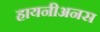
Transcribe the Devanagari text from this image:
हायनीअनस